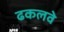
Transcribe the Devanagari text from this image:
ढकलवे